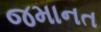
જમાનત